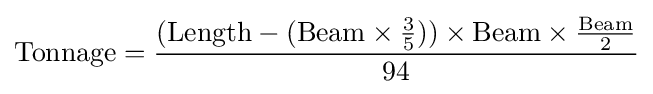
{\text{Tonnage}}={\frac {({\text{Length}}-({\text{Beam}}\times {\frac {3}{5}}))\times {\text{Beam}}\times {\frac {\text{Beam}}{2}}}{94}}